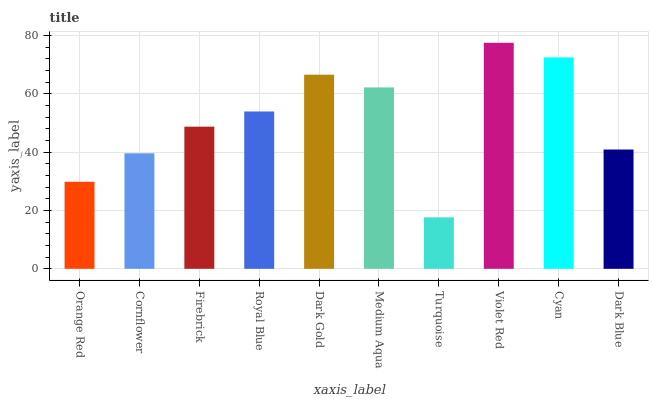
| xaxis_label | bars |
 | --- | --- |
 | Orange Red | 29.9 |
 | Cornflower | 39.6 |
 | Firebrick | 48.8 |
 | Royal Blue | 54 |
 | Dark Gold | 66.6 |
 | Medium Aqua | 62.2 |
 | Turquoise | 17.7 |
 | Violet Red | 77.5 |
 | Cyan | 72.5 |
 | Dark Blue | 40.9 |